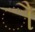
ૌ